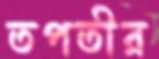
তপতীর